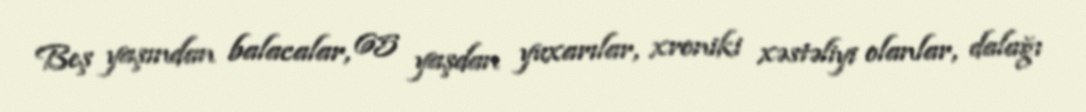
Beş yaşından balacalar, 65 yaşdan yuxarılar, xroniki xəstəliyi olanlar, dalağı